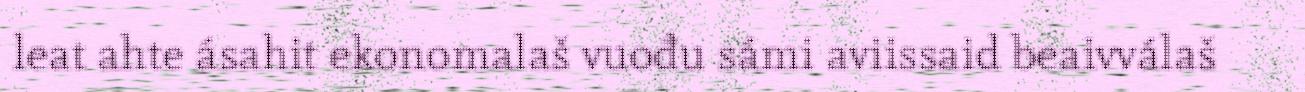
leat ahte ásahit ekonomalaš vuođu sámi aviissaid beaivválaš